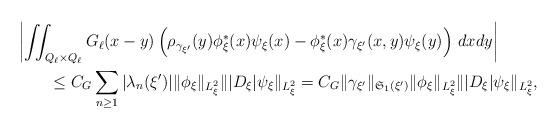
LaTeX: \begin{align*} \MoveEqLeft \left|\iint_{Q_\ell\times Q_\ell}G_\ell(x-y)\left(\rho_{\gamma_{\xi'}}(y)\phi_\xi^*(x)\psi_\xi(x)-\phi_\xi^*(x)\gamma_{\xi'}(x,y)\psi_\xi(y)\right)\,dxdy\right|\\ & \leq C_G\sum_{n\geq 1}|\lambda_n(\xi')|\|\phi_\xi\|_{L^2_\xi}\||D_\xi|\psi_\xi\|_{L^2_\xi} =C_G\|\gamma_{\xi'}\|_{\mathfrak{S}_1(\xi')}\|\phi_\xi\|_{L^2_\xi}\||D_\xi|\psi_\xi\|_{L^2_\xi},\end{align*}